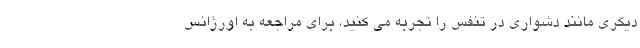
دیگری مانند دشواری در تنفس را تجربه می کنید، برای مراجعه به اورژانس